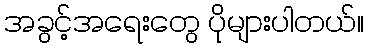
အခွင့်အရေးတွေ ပိုများပါတယ်။